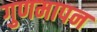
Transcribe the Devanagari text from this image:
गुणमापन